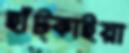
হাঁট্‌কাইয়া